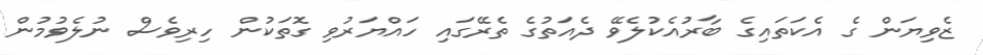
ޒެވިޔަން ގެ އެކަތައިގެ ބާރުއެކުލެވޭ ދެއަތުގެ ތެރޭގައި ހައްޔަރުވި ގޮތަކުން ހިރިވެސް ނުލެވުމުން